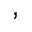
,